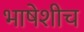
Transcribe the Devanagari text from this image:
भाषेशीच